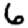
Digit: 6